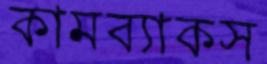
কামব্যাকস